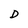
Character: D